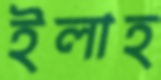
ইলাহ